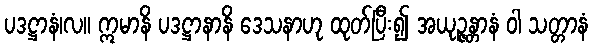
ပဒဋ္ဌာနံ၊လ။ ဣမာနိ ပဒဋ္ဌာနာနိ ဒေသနာဟု ထုတ်ပြီး၍ အယုဉ္ဇန္တာနံ ဝါ သတ္တာနံ